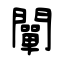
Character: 闡